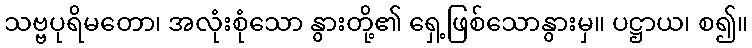
သဗ္ဗပုရိမတော၊ အလုံးစုံသော နွားတို့၏ ရှေ့ဖြစ်သောနွားမှ။ ပဋ္ဌာယ၊ စ၍။